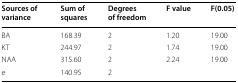
<table><thead><tr><td><b>Sources of variance</b></td><td><b>Sum of squares</b></td><td><b>Degrees of freedom</b></td><td><b>F value</b></td><td><b>F(0.05)</b></td></tr></thead><tbody><tr><td>BA</td><td>168.39</td><td>2</td><td>1.20</td><td>19.00</td></tr><tr><td>KT</td><td>244.97</td><td>2</td><td>1.74</td><td>19.00</td></tr><tr><td>NAA</td><td>315.60</td><td>2</td><td>2.24</td><td>19.00</td></tr><tr><td>e</td><td>140.95</td><td>2</td><td></td><td></td></tr></tbody></table>